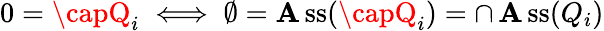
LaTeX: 0=\capQ_{i}\iff\emptyset=\operatorname{\mathbf{A}ss}(\capQ_{i})=\cap\operatorname{\mathbf{A}ss}(Q_{i})